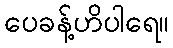
ပေခန့်ဟိပါရေ။